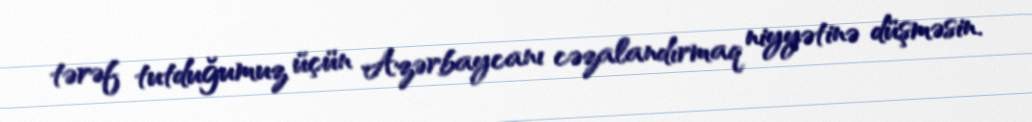
tərəf tutduğumuz üçün Azərbaycanı cəzalandırmaq niyyətinə düşməsin.